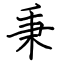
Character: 秉